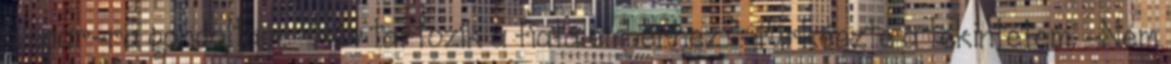
Oscar-ra gondoltam. -Név tartozik a fiatalemberhez?-fürkészte a tekintetem. -Nem